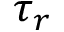
\tau _ { r }